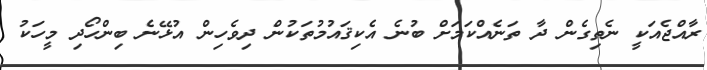
ރާއްޖެއަކީ ނެތިގެން ދާ ތަނެއްކަމަށް ބުނެ އެކިޤައުމުތަކުން ދިވެހިން އުޅޭނެ ބިންހޯދި މީހަކު